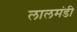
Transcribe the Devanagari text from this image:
लालमंडी